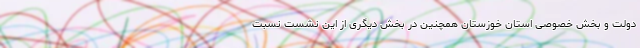
دولت و بخش خصوصی استان خوزستان همچنین در بخش دیگری از این نشست نسبت